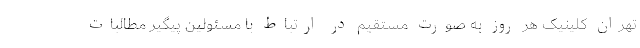
تهران کلینیک هر روز به صورت مستقیم در ارتباط با مسئولین پیگیر مطالبات